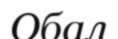
Обал